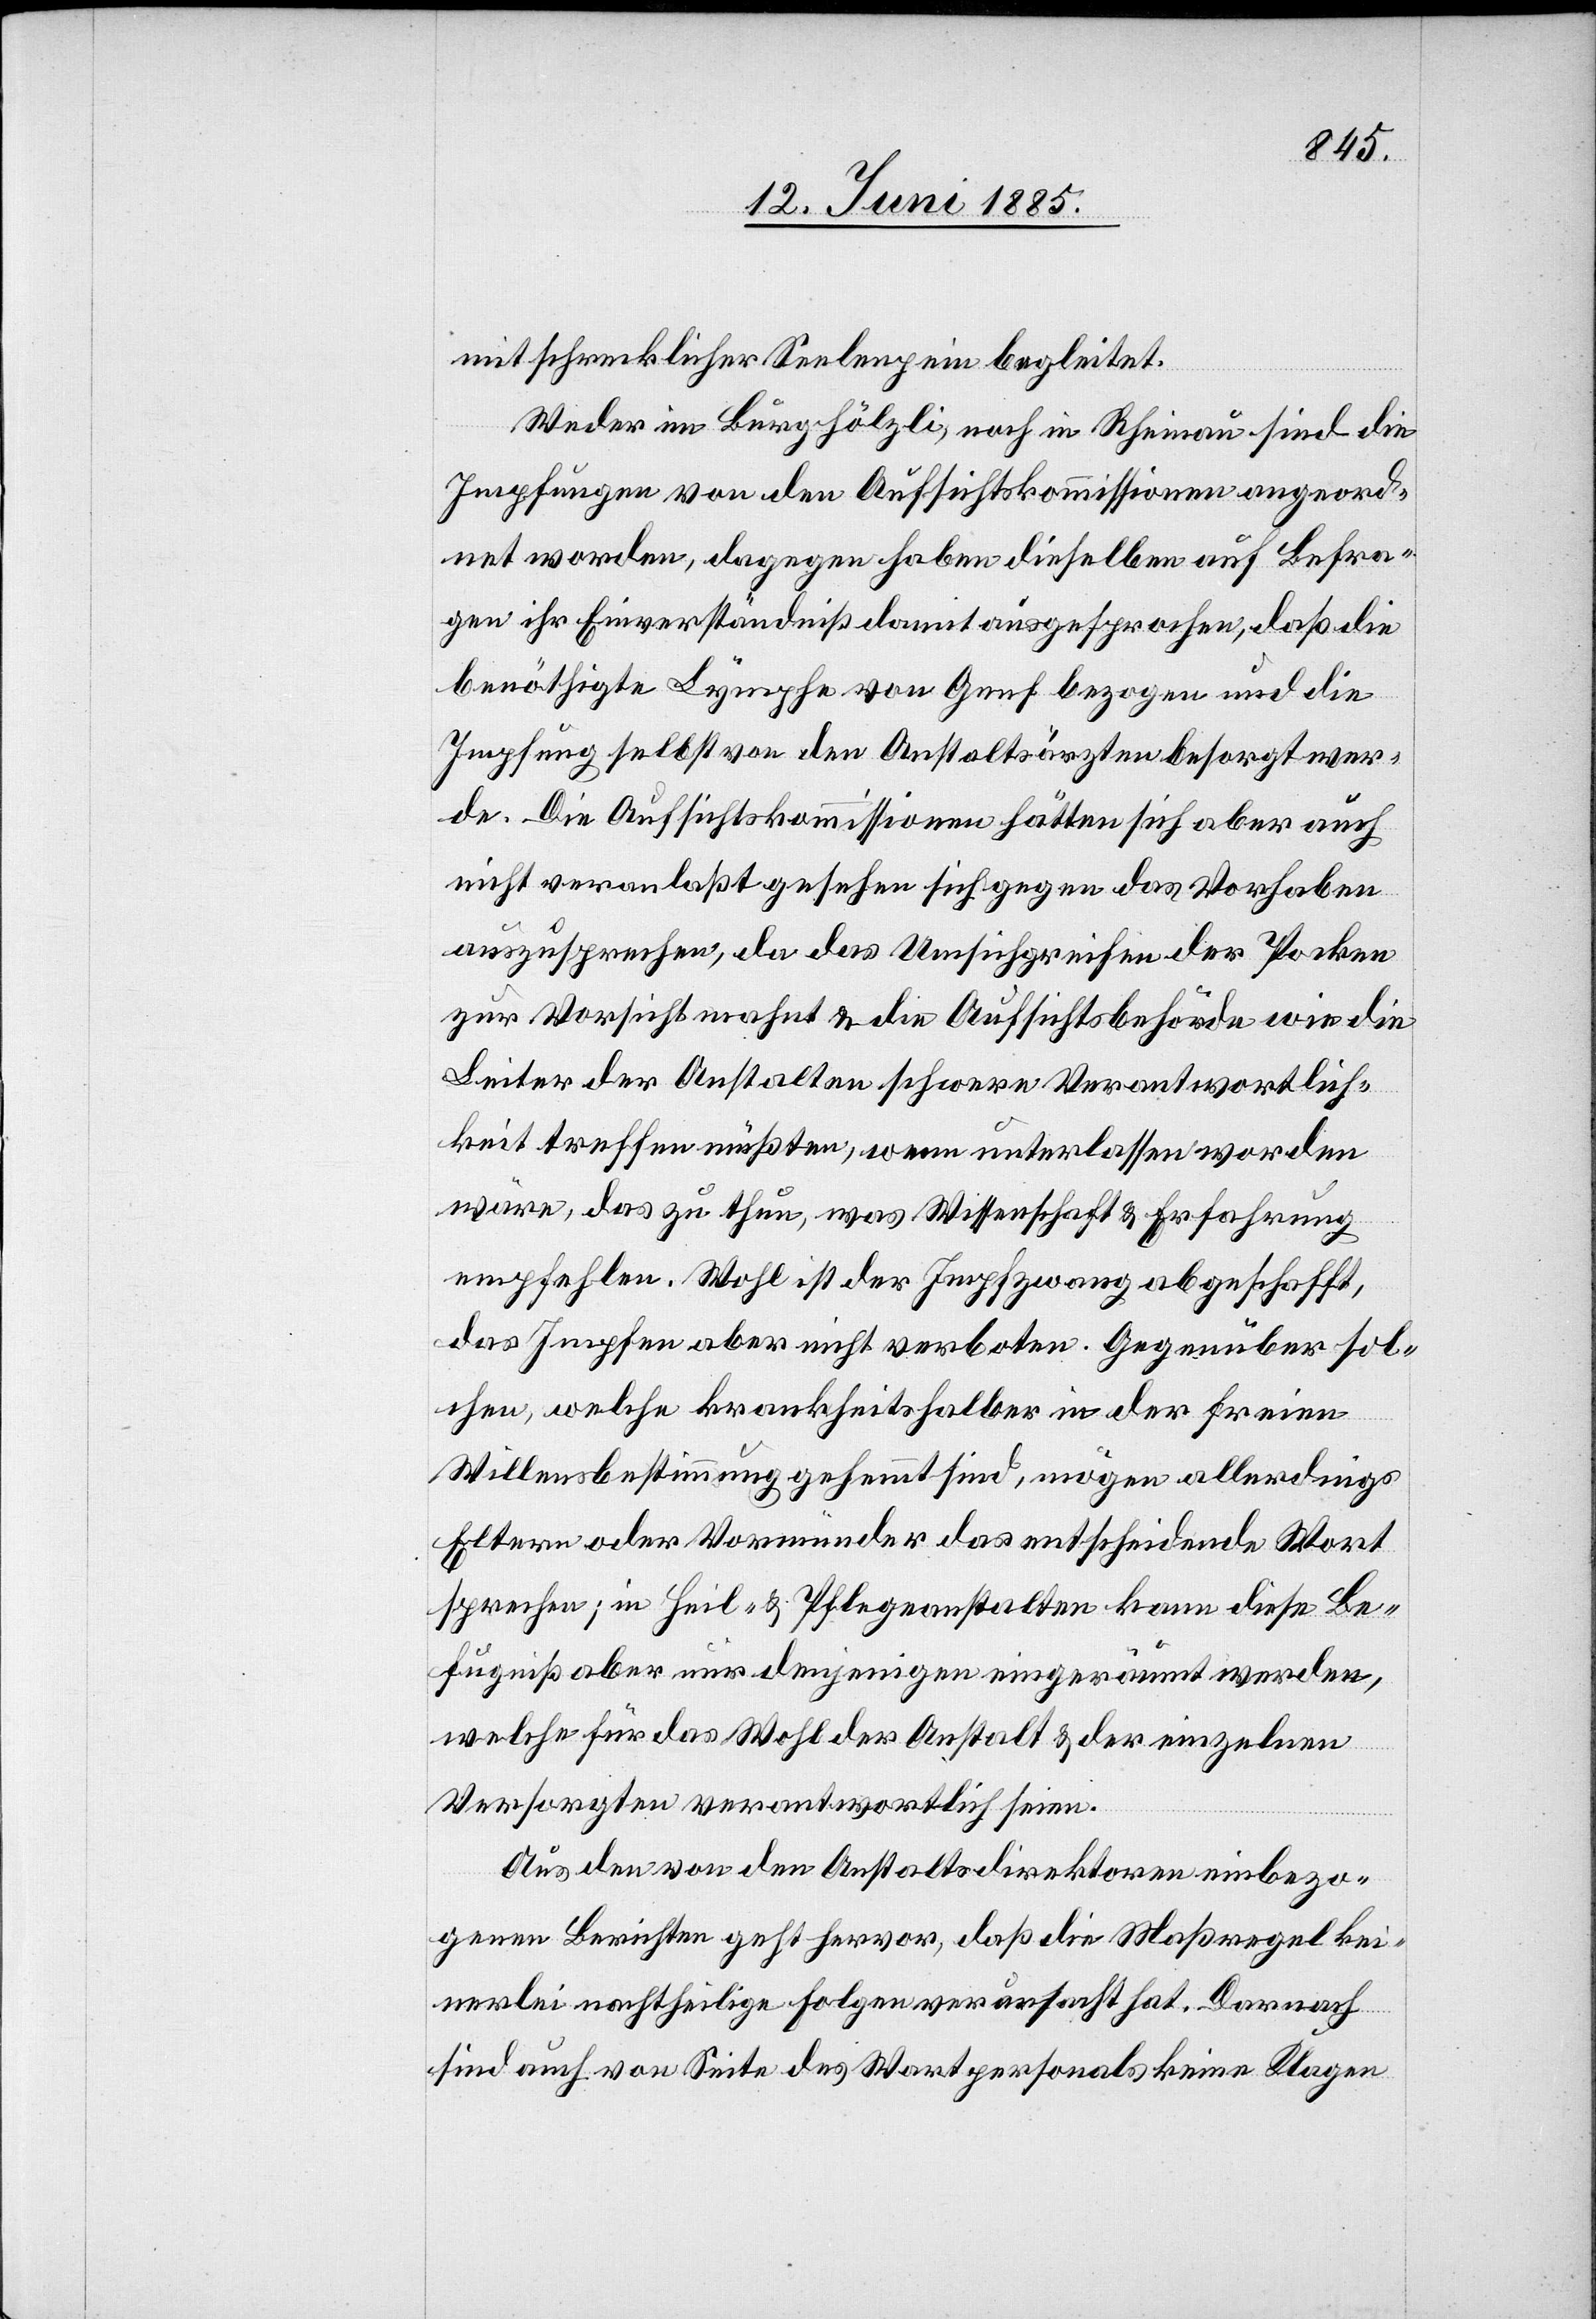
mit schrecklicher Seelenpein begleitet.
Weder im Burghölzli, noch in Rheinau sind die
Impfungen von den Aufsichtskommissionen angeord¬
net worden, dagegen haben dieselben auf Befra¬
gen ihr Einverständniß damit ausgesprochen, daß die
benöthigte Lymphe von Genf bezogen und die
Impfung selbst von den Anstaltsärzten besorgt wer¬
de. Die Aufsichtskommissionen hätten sich aber auch
nicht veranlaßt gesehen sich gegen das Vorhaben
auszusprechen, da das Umsichgreifen der Pocken
zur Vorsicht mahnt & die Aufsichtsbehörde wie die
Leiter der Anstalten schwere Verantwortlich¬
keit treffen müßten, wenn unterlassen wär¬
e, das zu thun, was Wissenschaft & Erfahrung
empfehlen. Wohl ist der Impfzwang abgeschafft,
das Impfen aber nicht verboten. Gegenüber sol¬
chen, welche krankheitshalber in der freien
Willensbestimmung gehemmt sind, mögen allerdings
Eltern oder Vormünder das entscheidende Wort
sprechen; in Heil- & Pflegeanstalten kann diese Be¬
fugniß aber nur denjenigen eingeräumt werden,
welche für das Wohl der Anstalt & der einzelnen
Versorgten verantwortlich seien.
Aus den von den Anstaltsdirektoren einbezo¬
genen Berichten geht hervor, daß die Maßregel kei¬
nerlei nachtheilige Folgen verursacht hat. Darnach
sind auch von Seite des Wartpersonals keine Klagen